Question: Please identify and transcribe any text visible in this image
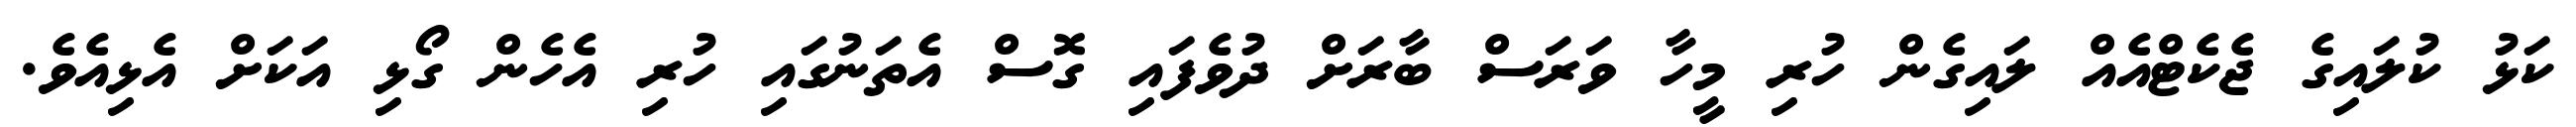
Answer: ކަޅު ކުލައިގެ ޖެކެޓްއެއް ލައިގެން ހުރި މީހާ ވަރަސް ބާރަށް ދުވެފައި ގޮސް އެތަނުގައި ހުރި އެހެން ގޯޅި އަކަށް އެޅިއެވެ.